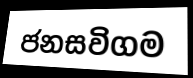
ජනසවිගම